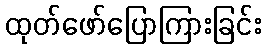
ထုတ်ဖော်ပြောကြားခြင်း